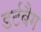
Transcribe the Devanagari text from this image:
डर्टबैग